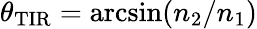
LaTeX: \theta_{\mathrm{TIR}}=\arcsin(n_{2}/n_{1})